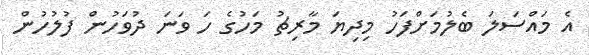
އެ މައްސަލަ ބެލުމަށްފަހު މިދިޔަ މާރިޗު މަހުގެ ހަ ވަނަ ދުވަހުން ފުލުހުން